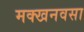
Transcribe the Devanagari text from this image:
मक्खनवसा